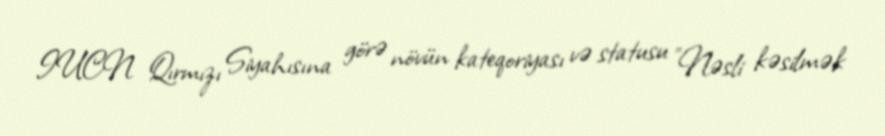
IUCN Qırmızı Siyahısına görə növün kateqoriyası və statusu "Nəsli kəsilmək